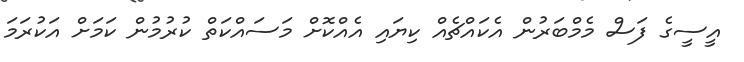
އީސީގެ ފަސް މެމްބަރުން އެކައްޗެއް ކިޔައި އެއްކޮށް މަސައްކަތް ކުރުމުން ކަަމަށް އަކުރަމަ